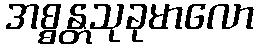
အစ္စန္တသုခုမာလော